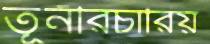
তূনীরচারিয়